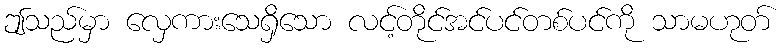
ဤသည်မှာ လှေကားသေရှိသော လင့်တိုင်အင်ပင်တစ်ပင်ကို သာမဟုတ်